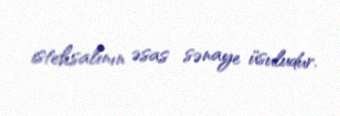
istehsalının əsas sənaye üsuludur.